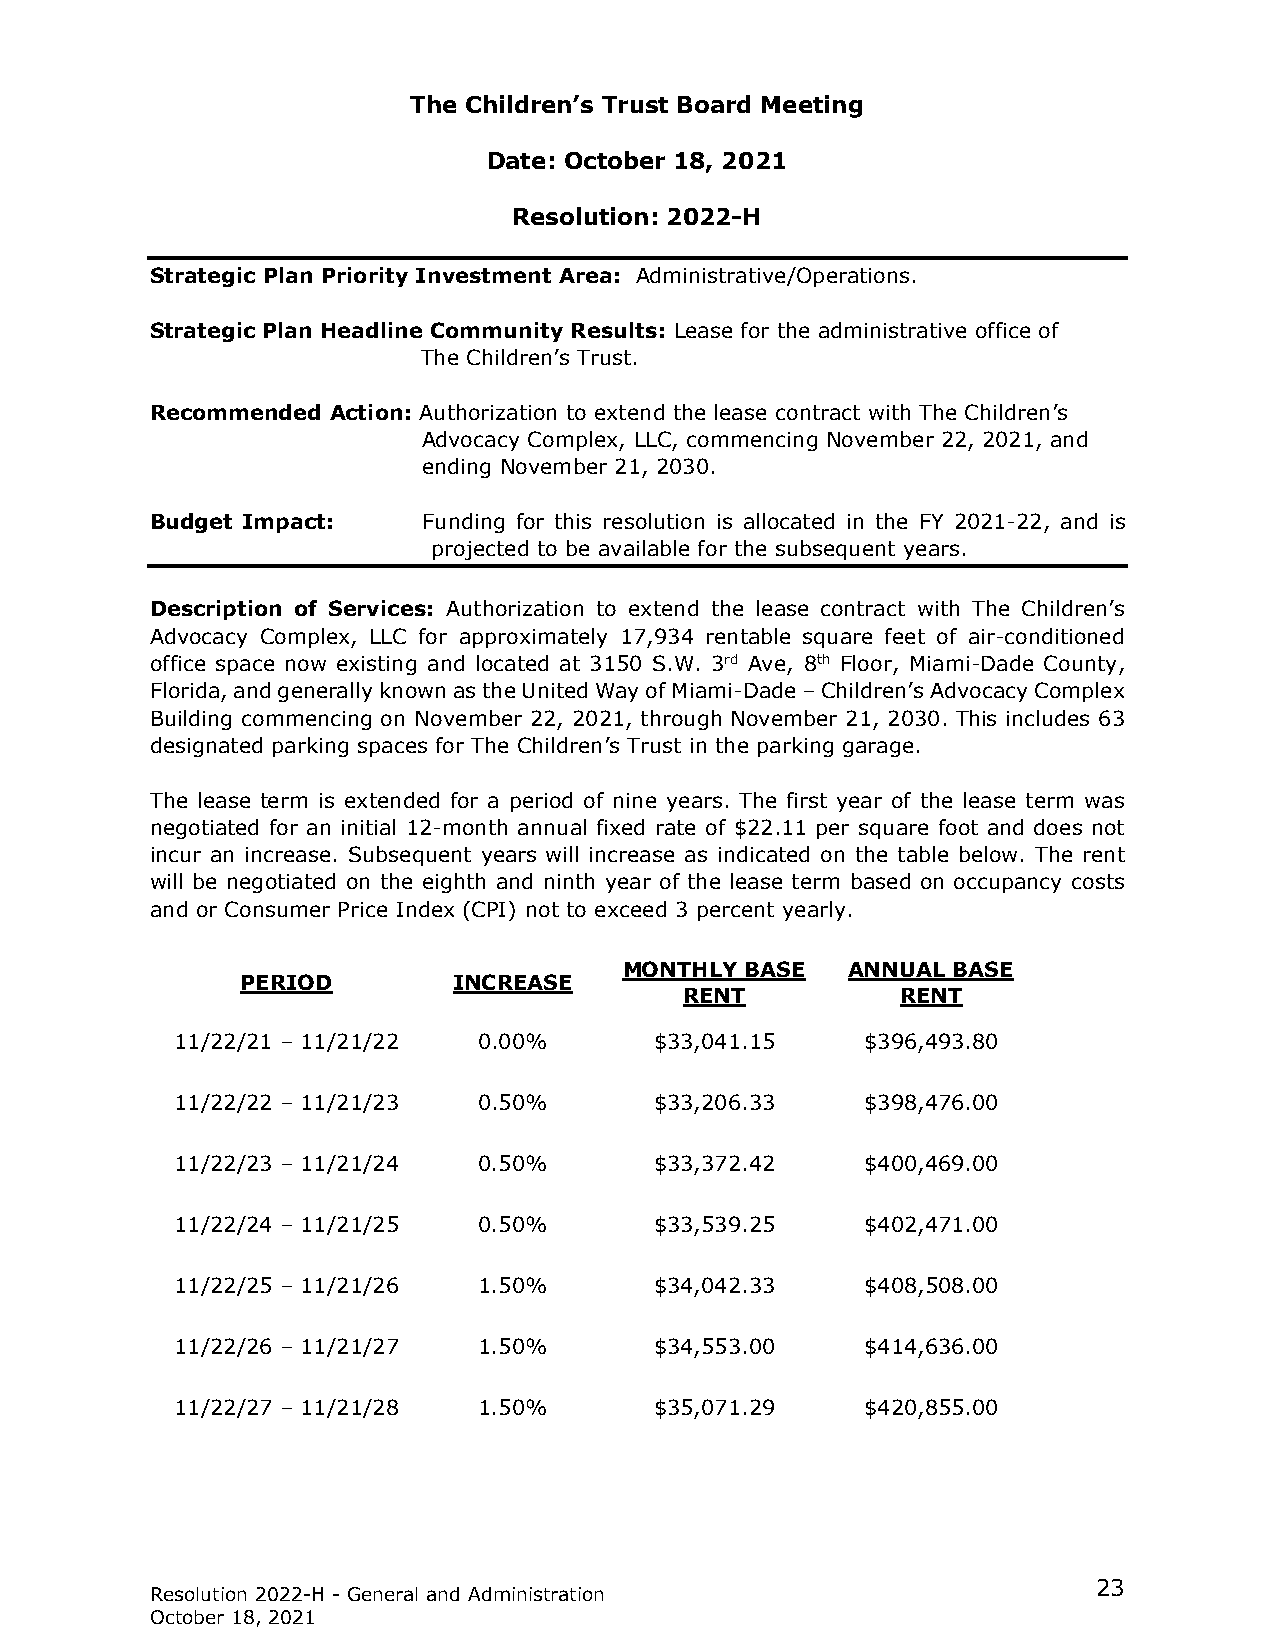
The Children’s Trust Board Meeting
 Date: October 18, 2021
 Resolution: 2022-H
 Strategic Plan Priority Investment Area: Administrative/Operations.
 Strategic Plan Headline Community Results: Lease for the administrative office of
 The Children’s Trust.
 Recommended Action: Authorization to extend the lease contract with The Children’s
 Advocacy Complex, LLC, commencing November 22, 2021, and
 ending November 21, 2030.
 Budget Impact:    Funding for this resolution is allocated in the FY 2021-22, and is
 projected to be available for the subsequent years.
 Description of Services: Authorization to extend the lease contract with The Children’s
 Advocacy Complex, LLC for approximately 17,934 rentable square feet of air-conditioned
 office space now existing and located at 3150 S.W. 3rd Ave, 8th Floor, Miami-Dade County,
 Florida, and generally known as the United Way of Miami-Dade – Children’s Advocacy Complex
 Building commencing on November 22, 2021, through November 21, 2030. This includes 63
 designated parking spaces for The Children’s Trust in the parking garage.
 The lease term is extended for a period of nine years. The first year of the lease term was
 negotiated for an initial 12-month annual fixed rate of $22.11 per square foot and does not
 incur an increase. Subsequent years will increase as indicated on the table below. The rent
 will be negotiated on the eighth and ninth year of the lease term based on occupancy costs
 and or Consumer Price Index (CPI) not to exceed 3 percent yearly.
 MONTHLY BASE   ANNUAL BASE
 PERIOD        INCREASE
 RENT           RENT
 11/22/21 – 11/21/22 0.00%      $33,041.15    $396,493.80
 11/22/22 – 11/21/23 0.50%      $33,206.33    $398,476.00
 11/22/23 – 11/21/24 0.50%      $33,372.42    $400,469.00
 11/22/24 – 11/21/25 0.50%      $33,539.25    $402,471.00
 11/22/25 – 11/21/26 1.50%      $34,042.33    $408,508.00
 11/22/26 – 11/21/27 1.50%      $34,553.00    $414,636.00
 11/22/27 – 11/21/28 1.50%      $35,071.29    $420,855.00
 23
 Resolution 2022-H - General and Administration
 October 18, 2021